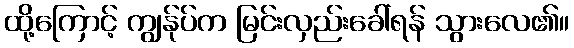
ထို့ကြောင့် ကျွန်ုပ်က မြင်းလှည်းခေါ်ရန် သွားလေ၏။